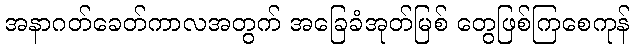
အနာဂတ်ခေတ်ကာလအတွက် အခြေခံအုတ်မြစ် တွေဖြစ်ကြစေကုန်